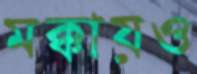
মক্কায়ও